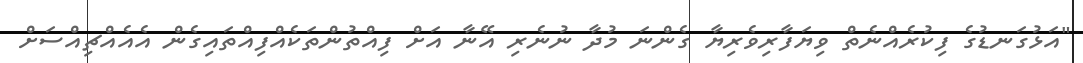
"އަޅުގަނޑުގެ ފިކުރެއްނެތް ވިޔަފާރިވެރިޔާ ގެންނަ މުދާ ނުނެރި އޭނާ އަށް ފިއްތުންތަކެއްފިއްތައިގެން އެއެއްޗިއްސަށް